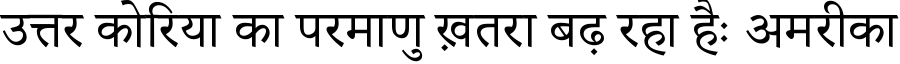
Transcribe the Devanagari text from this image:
उत्तर कोरिया का परमाणु ख़तरा बढ़ रहा हैः अमरीका